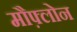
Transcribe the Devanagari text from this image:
मौफ़्लोन